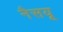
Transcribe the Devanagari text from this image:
नैसयू